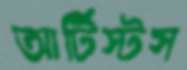
আর্টিস্টস